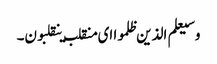
وسیعلم الذین ظلموا ای منقلب ینقلبون۔